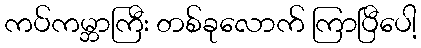
ကပ်ကမ္ဘာကြီး တစ်ခုလောက် ကြာပြီပေါ့